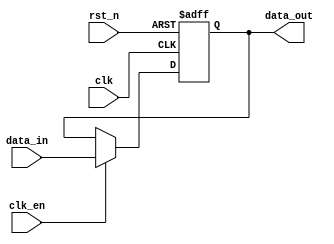
module parameterized_register #(
    parameter WIDTH = 8,            // Parameterized width of the register
    parameter RESET_VALUE = 0       // Parameterized reset value (default is 0)
)(
    input wire clk,                 // Clock input
    input wire rst_n,               // Asynchronous active-low reset
    input wire clk_en,              // Clock enable input (optional)
    input wire [WIDTH-1:0] data_in, // Input data
    output reg [WIDTH-1:0] data_out // Output data
);

    // Always block for synchronous operation with asynchronous reset
    always @(posedge clk or negedge rst_n) begin
        if (!rst_n) begin
            data_out <= RESET_VALUE; // Clear register to reset value
        end else if (clk_en) begin
            data_out <= data_in;      // Capture input data on clock edge
        end
    end

endmodule